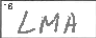
Transcription: LMA